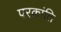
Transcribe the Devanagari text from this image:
परक्रांति